65_HS1-834228961_62-HQ-83894_Serial_164
Agency: FBI
Page 95
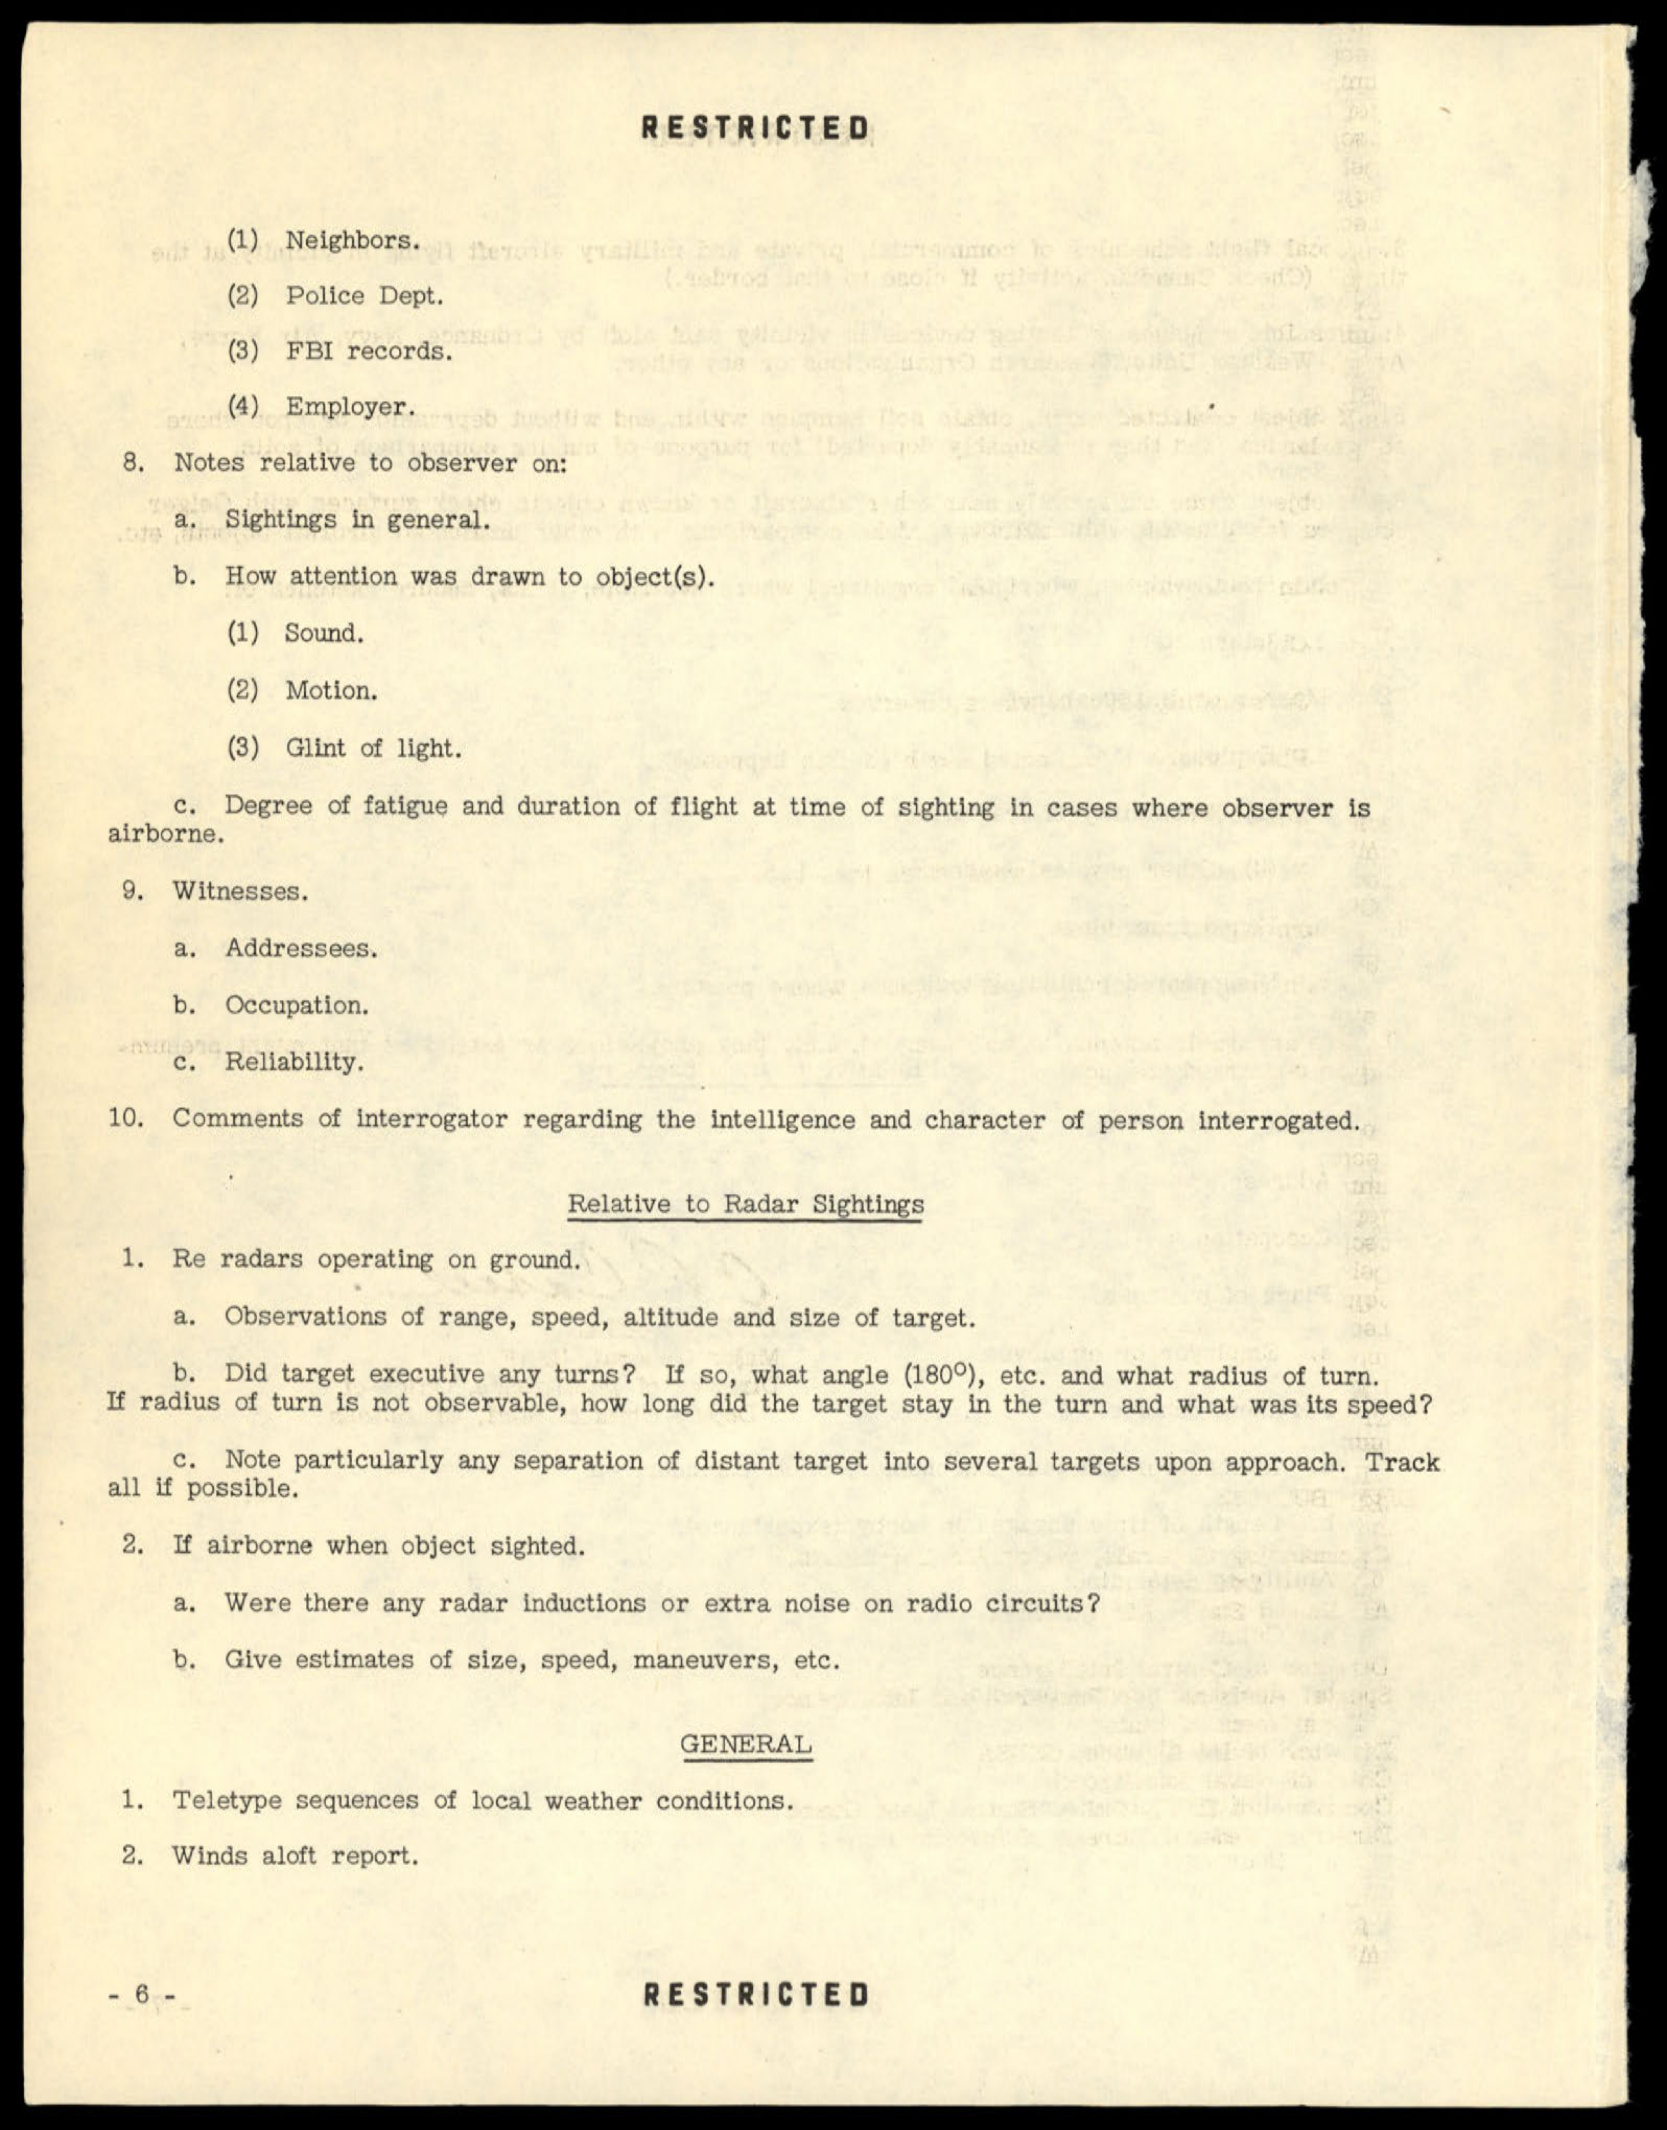